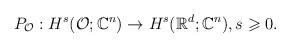
\begin{align*}P_\mathcal{O}: H^s(\mathcal{O};\mathbb{C}^n)\rightarrow H^s(\mathbb{R}^d;\mathbb{C}^n),s \geqslant 0.\end{align*}